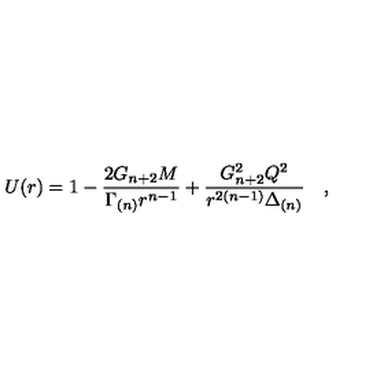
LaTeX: U ( r ) = 1 - \frac { 2 G _ { n + 2 } M } { \Gamma _ { ( n ) } r ^ { n - 1 } } + \frac { G _ { n + 2 } ^ { 2 } Q ^ { 2 } } { r ^ { 2 ( n - 1 ) } \Delta _ { ( n ) } } \quad ,